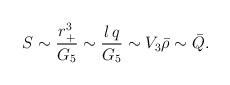
LaTeX: \begin{align*}S\sim {r_+^3\over G_5}\sim {l\,q\over G_5}\sim V_3{\bar \rho}\sim{\bar Q}.\end{align*}